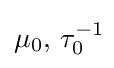
\mu _{0},\,\tau _{0}^{-1}\!